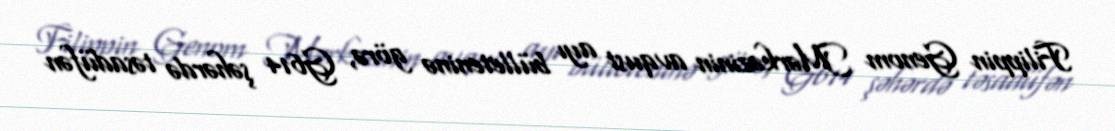
Filippin Genom Mərkəzinin avqust ayı bülleteninə görə, G614 şəhərdə təsadüfən